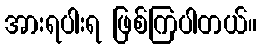
အားရပါးရ ဖြစ်ကြပါတယ်။